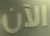
الآن